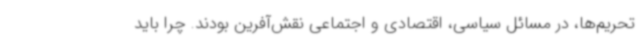
تحریم‌ها، در مسائل سیاسی، اقتصادی و اجتماعی نقش‌آفرین بودند. چرا باید